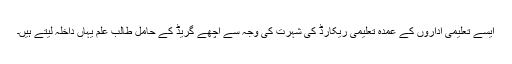
ایسے تعلیمی اداروں کے عمدہ تعلیمی ریکارڈ کی شہرت کی وجہ سے اچھے گریڈ کے حامل طالب علم یہاں داخلہ لیتے ہیں۔